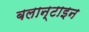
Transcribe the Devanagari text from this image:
बलान्टाइन